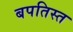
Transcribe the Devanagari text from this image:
बपतिस्त